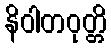
နိဝါတဝုတ္တိ